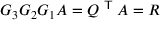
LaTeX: G _ { 3 } G _ { 2 } G _ { 1 } A = Q ^ { \textsf { T } } A = R